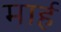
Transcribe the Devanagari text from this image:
मार्ह